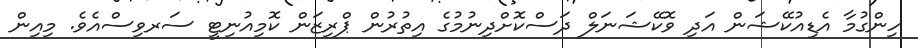
ހިންގުމާ އެޑިއުކޭޝަން އަދި ވޮކޭޝަނަލް ދަސްކޮށްދިނުމުގެ އިތުރުން ޕްރިޒަން ކޮމިއުނިޓީ ސަރވިސްއެވެ. މިއިން